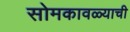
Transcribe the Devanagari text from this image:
सोमकावळ्याची